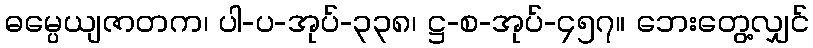
ဓမ္ပေယျဇာတက၊ ပါ-ပ-အုပ်-၃၃၈၊ ဋ္ဌ-စ-အုပ်-၄၅၇။ ဘေးတွေ့လျှင်